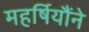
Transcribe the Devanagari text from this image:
महर्षियौंने